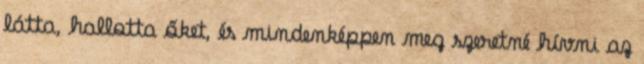
látta, hallotta őket, és mindenképpen meg szeretné hívni az